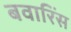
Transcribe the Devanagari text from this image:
बवारिंस